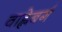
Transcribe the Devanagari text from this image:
वाह्लेबर्ग